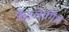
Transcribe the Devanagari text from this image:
कैटलागिंग